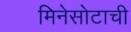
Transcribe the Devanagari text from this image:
मिनेसोटाची